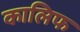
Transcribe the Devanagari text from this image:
कालिफ